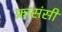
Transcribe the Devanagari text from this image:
फ्रासंसी